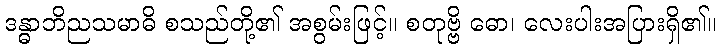
ဒန္ဓာဘိညသမာဓိ စသည်တို့၏ အစွမ်းဖြင့်။ စတုဗ္ဗိ ဓော၊ လေးပါးအပြားရှိ၏။